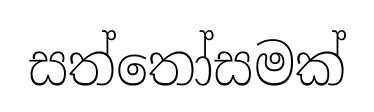
සත්තෝසමක්